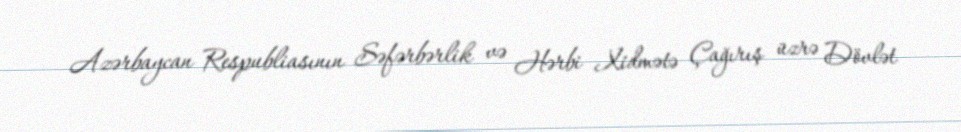
Azərbaycan Respubliasının Səfərbərlik və Hərbi Xidmətə Çağırış üzrə Dövlət